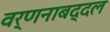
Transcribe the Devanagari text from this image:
वर्णनाबद्दल